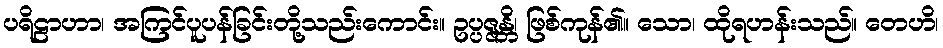
ပရိဠာဟာ၊ အကြင်ပူပန်ခြင်းတို့သည်းကောင်း။ ဥပ္ပဇ္ဇန္တိ၊ ဖြစ်ကုန်၏။ သော၊ ထိုရဟန်းသည်။ တေဟိ၊